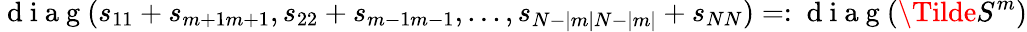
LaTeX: \mathrm{~d~i~a~g~}(s_{11}+s_{m+1m+1},s_{22}+s_{m-1m-1},...,s_{N-|m|N-|m|}+s_{NN})=:\mathrm{~d~i~a~g~}(\Tilde{S}^{m})